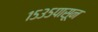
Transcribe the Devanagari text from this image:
१५३५पासून